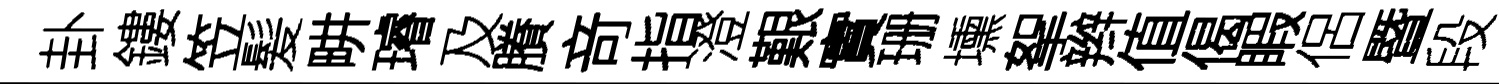
卦鏤笠髪畊璿及賸竒指澄艱實珊壎挐辫值偈睱侶暨段